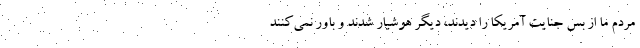
مردم ما از بس جنایت آمریکا را دیدند، دیگر هوشیار شدند و باور نمی‌کنند